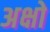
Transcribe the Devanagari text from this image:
अक्षो